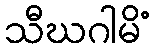
သီဃဂါမိံ